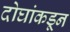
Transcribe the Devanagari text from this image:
दोघांकडून